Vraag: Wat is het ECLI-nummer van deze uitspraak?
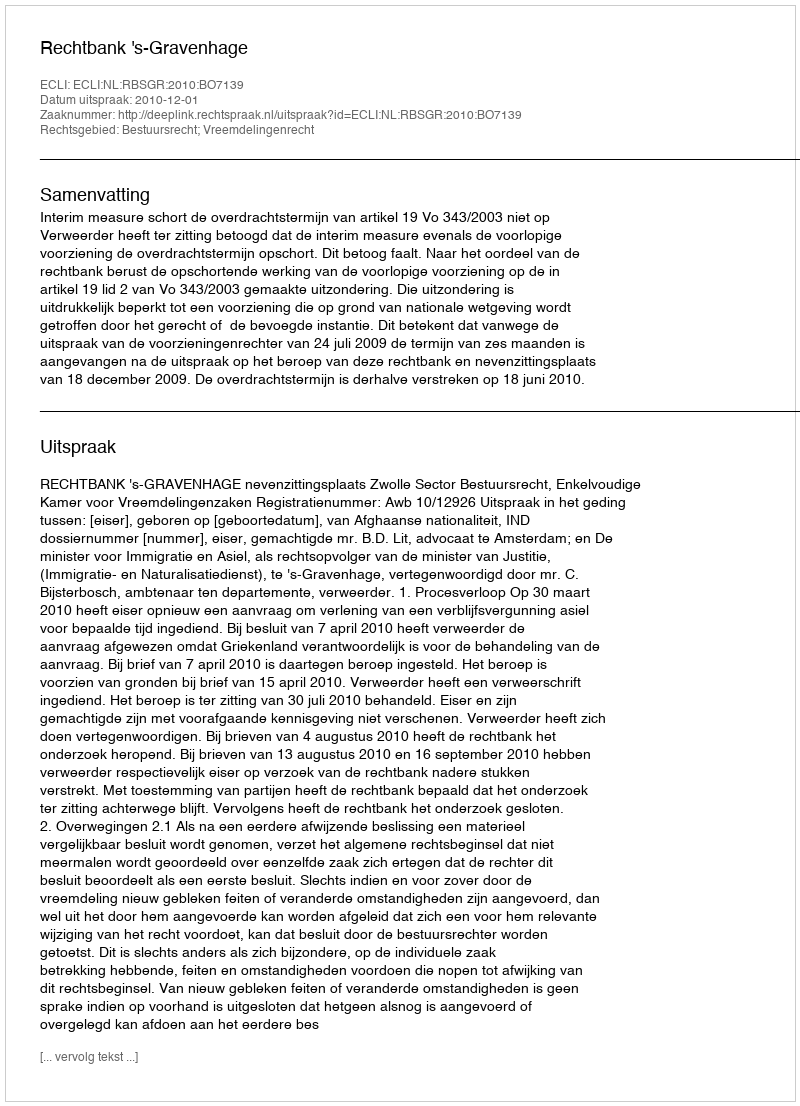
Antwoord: ECLI:NL:RBSGR:2010:BO7139